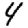
Digit: 4